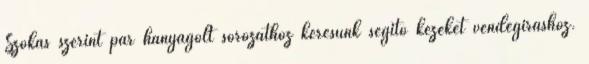
Szokás szerint pár hanyagolt sorozathoz keresünk segítő kezeket vendégíráshoz.